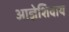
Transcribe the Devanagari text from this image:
आज्ञेशिवाय